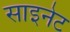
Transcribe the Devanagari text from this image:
साइनेट